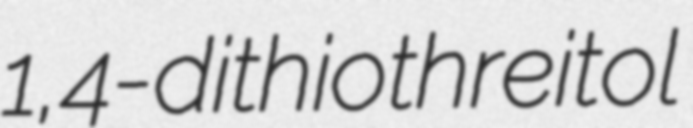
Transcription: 1,4-dithiothreitol